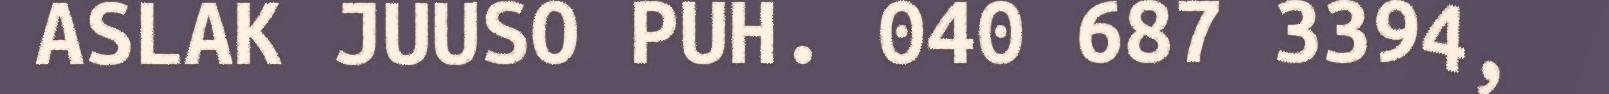
ASLAK JUUSO PUH. 040 687 3394,